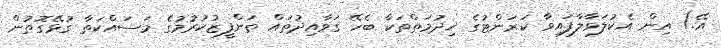
އޭ.) އިން އެކުލަވާލާފައިވާ ކަރަންޓުގެ ޚިދުމަތްތަކާ ބެހޭ ގަވާއިދުތައް ތަންފީޒުކުރުމުގެ މަސައްކަތާ ގުޅޭގޮތުން